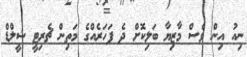
ނިއު އިން ވެސް މާޒިޔާ ބަލިކޮށް ދެ ފަހަރެއްގެ މަތިން ޗެރިޓީ ޝީލްޑް